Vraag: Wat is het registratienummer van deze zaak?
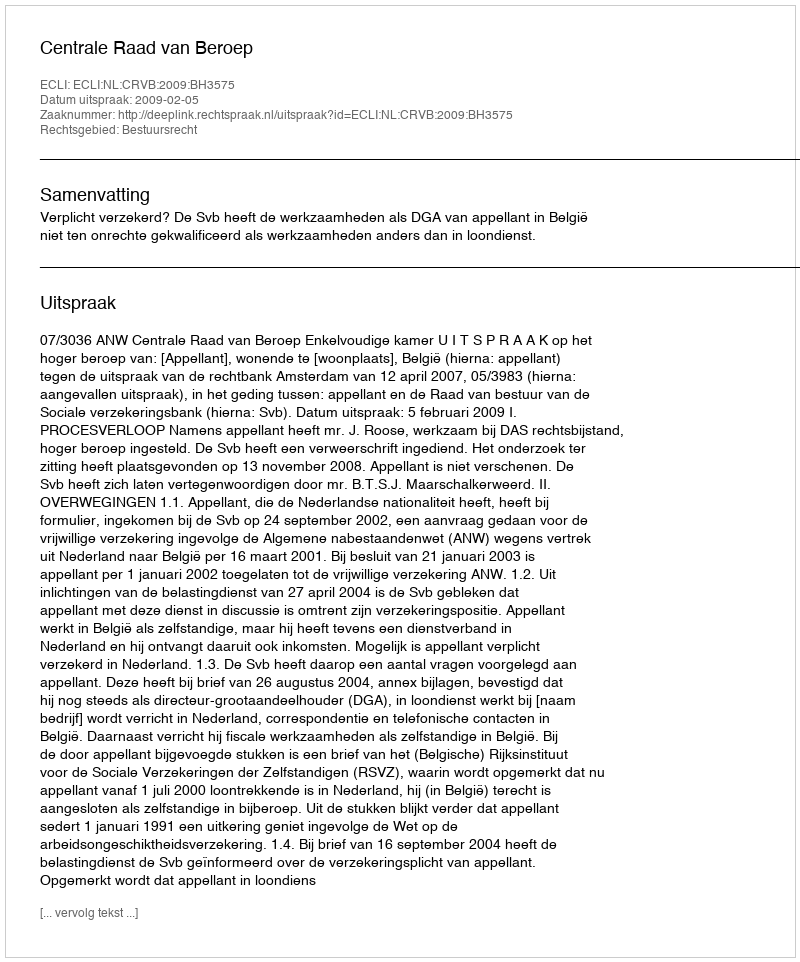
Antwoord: http://deeplink.rechtspraak.nl/uitspraak?id=ECLI:NL:CRVB:2009:BH3575